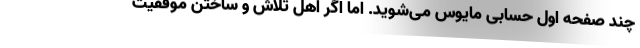
چند صفحه اول حسابی مایوس می‌شوید. اما اگر اهل تلاش و ساختن موفقیت